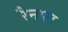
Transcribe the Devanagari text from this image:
रैनफ्‍ट